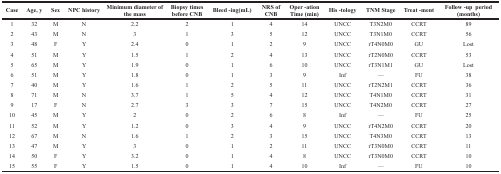
<table><thead><tr><td><b>Case</b></td><td><b>Age, y</b></td><td><b>Sex</b></td><td><b>NPC history</b></td><td><b>Minimum diameter of the mass</b></td><td><b>Biopsy times before CNB</b></td><td><b>Bleed -ing(mL)</b></td><td><b>NRS of CNB</b></td><td><b>Oper -ation Time (min)</b></td><td><b>His -tology</b></td><td><b>TNM Stage</b></td><td><b>Treat -ment</b></td><td><b>Follow -up period (months)</b></td></tr></thead><tbody><tr><td>1</td><td>32</td><td>M</td><td>N</td><td>2.2</td><td>2</td><td>1</td><td>4</td><td>14</td><td>UNCC</td><td>T3N2M0</td><td>CCRT</td><td>89</td></tr><tr><td>2</td><td>43</td><td>M</td><td>N</td><td>3</td><td>1</td><td>3</td><td>5</td><td>12</td><td>UNCC</td><td>T3N1M0</td><td>CCRT</td><td>56</td></tr><tr><td>3</td><td>48</td><td>F</td><td>Y</td><td>2.4</td><td>0</td><td>1</td><td>2</td><td>9</td><td>UNCC</td><td>rT4N0M0</td><td>GU</td><td>Lost</td></tr><tr><td>4</td><td>51</td><td>M</td><td>Y</td><td>1.5</td><td>1</td><td>2</td><td>4</td><td>13</td><td>UNCC</td><td>rT2N0M0</td><td>CCRT</td><td>53</td></tr><tr><td>5</td><td>65</td><td>M</td><td>Y</td><td>1.9</td><td>0</td><td>1</td><td>6</td><td>10</td><td>UNCC</td><td>rT3N1M1</td><td>GU</td><td>Lost</td></tr><tr><td>6</td><td>51</td><td>M</td><td>Y</td><td>1.8</td><td>0</td><td>1</td><td>3</td><td>9</td><td>Inf</td><td>—</td><td>FU</td><td>38</td></tr><tr><td>7</td><td>40</td><td>M</td><td>Y</td><td>1.6</td><td>1</td><td>2</td><td>5</td><td>11</td><td>UNCC</td><td>rT2N2M1</td><td>CCRT</td><td>36</td></tr><tr><td>8</td><td>71</td><td>M</td><td>N</td><td>3.7</td><td>1</td><td>5</td><td>4</td><td>12</td><td>UNCC</td><td>T4N1M0</td><td>CCRT</td><td>31</td></tr><tr><td>9</td><td>17</td><td>F</td><td>N</td><td>2.7</td><td>3</td><td>3</td><td>7</td><td>15</td><td>UNCC</td><td>T4N2M0</td><td>CCRT</td><td>27</td></tr><tr><td>10</td><td>45</td><td>M</td><td>Y</td><td>2</td><td>0</td><td>2</td><td>6</td><td>8</td><td>Inf</td><td>—</td><td>FU</td><td>25</td></tr><tr><td>11</td><td>52</td><td>M</td><td>Y</td><td>1.2</td><td>0</td><td>3</td><td>4</td><td>9</td><td>UNCC</td><td>rT4N2M0</td><td>CCRT</td><td>20</td></tr><tr><td>12</td><td>67</td><td>M</td><td>N</td><td>1.6</td><td>1</td><td>2</td><td>3</td><td>15</td><td>UNCC</td><td>T4N3M0</td><td>CCRT</td><td>13</td></tr><tr><td>13</td><td>47</td><td>M</td><td>Y</td><td>3</td><td>0</td><td>1</td><td>2</td><td>11</td><td>UNCC</td><td>rT3N0M0</td><td>CCRT</td><td>11</td></tr><tr><td>14</td><td>50</td><td>F</td><td>Y</td><td>3.2</td><td>0</td><td>1</td><td>4</td><td>8</td><td>UNCC</td><td>rT3N0M0</td><td>CCRT</td><td>10</td></tr><tr><td>15</td><td>55</td><td>F</td><td>Y</td><td>1.5</td><td>0</td><td>1</td><td>4</td><td>10</td><td>Inf</td><td>—</td><td>FU</td><td>10</td></tr></tbody></table>